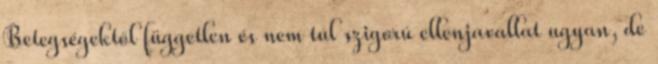
Betegségektől független és nem túl szigorú ellenjavallat ugyan, de